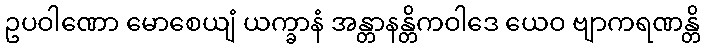
ဥပဝါဏော မောစေယျံ ယက္ခာနံ အန္တာနန္တိကဝါဒေ ယေဝ ဗျာကရဏန္တိ